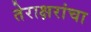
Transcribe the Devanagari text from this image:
तेराक्षरांचा